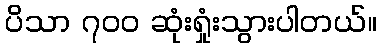
ပိသာ ၇၀၀ ဆုံးရှုံးသွားပါတယ်။